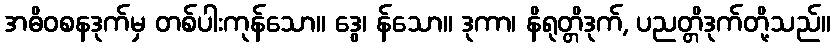
အဓိဝစနဒုက်မှ တစ်ပါးကုန်သော။ ဒွေ၊ န်သော။ ဒုကာ၊ နိရုတ္တိဒုက်, ပညတ္တိဒုက်တို့သည်။